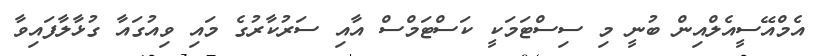
އެމްއޭސީއެލްއިން ބުނީ މި ސިސްޓަމަކީ ކަސްޓަމްސް އާއި ސަރުކާރުގެ މައި ވިއުގައާ ގުޅާލާފައިވާ